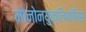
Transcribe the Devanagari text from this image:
मोनोन्युक्लियॉसिस